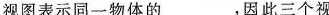
视图表示同一物体的___，因此三个视